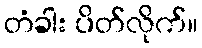
တံခါး ပိတ်လိုက်။